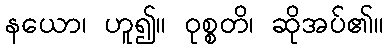
နယော၊ ဟူ၍။ ဝုစ္စတိ၊ ဆိုအပ်၏။